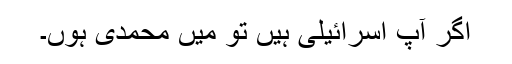
اگر آپ اسرائیلی ہیں تو میں محمدی ہوں۔